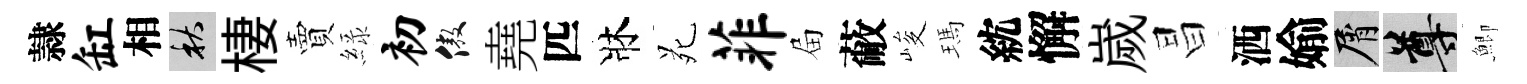
隷缸相秋棲賣緑初傲堯匹牀苑菲屇蔽峻瑪紞懈嵗昌洒媮屑尊鯽